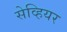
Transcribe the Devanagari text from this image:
सेव्हियर